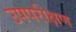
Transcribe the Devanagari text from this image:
उपपरीक्षण